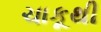
ચાકૂથી